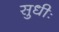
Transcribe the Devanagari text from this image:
सुधीः